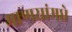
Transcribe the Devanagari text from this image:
माणसांमधे